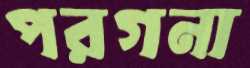
পরগনা